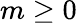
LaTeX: m\geq 0